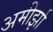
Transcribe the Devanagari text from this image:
अमीर्झा